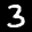
Label: 3